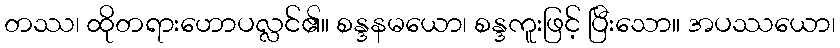
တဿ၊ ထိုတရားဟောပလ္လင်၏။ စန္ဒနမယော၊ စန္ဒကူးဖြင့် ပြီးသော။ အပဿယော၊